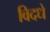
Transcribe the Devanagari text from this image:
विदधे